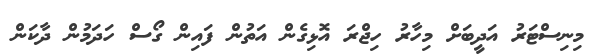
މިނިސްޓަރު އަދީބަށް މިހާރު ހިޖްރަ އޮޅިގެން އަތުން ފައިން ގޯސް ހަދަމުން ދާކަން